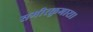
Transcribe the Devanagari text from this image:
समीरकुमारा।